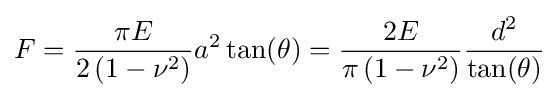
F={\frac {\pi E}{2\left(1-\nu ^{2}\right)}}a^{2}\tan(\theta )={\frac {2E}{\pi \left(1-\nu ^{2}\right)}}{\frac {d^{2}}{\tan(\theta )}}